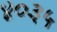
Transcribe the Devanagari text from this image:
४०३५